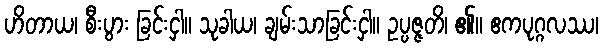
ဟိတာယ၊ စီးပွား ခြင်းငှါ။ သုခါယ၊ ချမ်းသာခြင်းငှါ။ ဥပ္ပဇ္ဇတိ၊ ၏။ ဧကပုဂ္ဂလဿ၊